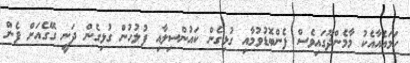
ހަމައެއާއެކު މާމެންދޫގައިވެސް ފެންބޮޑުވުމާއި ގުޅިގެން ކައުންސިލާއި ފުލުހުން ގުޅިގެން ދަނީ ގޭގެއަށް ފެން